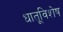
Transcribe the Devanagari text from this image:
धातूविशेष